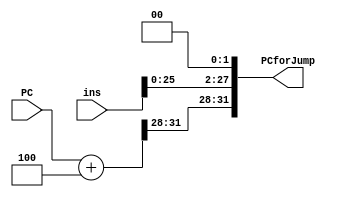
`timescale 1ns / 1ps
//////////////////////////////////////////////////////////////////////////////////
// Company: 
// Engineer: 
// 
// Design Name: 
// Module Name: PC_for_jump
// Project Name: 
// Target Devices: 
// Tool Versions: 
// Description: 
// 
// Dependencies: 
// 
// Revision:
// Revision 0.01 - File Created
// Additional Comments:
// 
//////////////////////////////////////////////////////////////////////////////////


module PC_for_jump(input [31:0]PC,input [31:0] ins,output reg [31:0] PCforJump);
reg [31:0] PC_4;
reg [27:0] tmp;
always@(PC)begin
PC_4 <= PC + 3'b100;
tmp[27:0] <= {ins[25:0],{2'b00}};
PCforJump = {PC_4[31:28],tmp};
end
endmodule